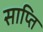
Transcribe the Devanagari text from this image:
साप्ति